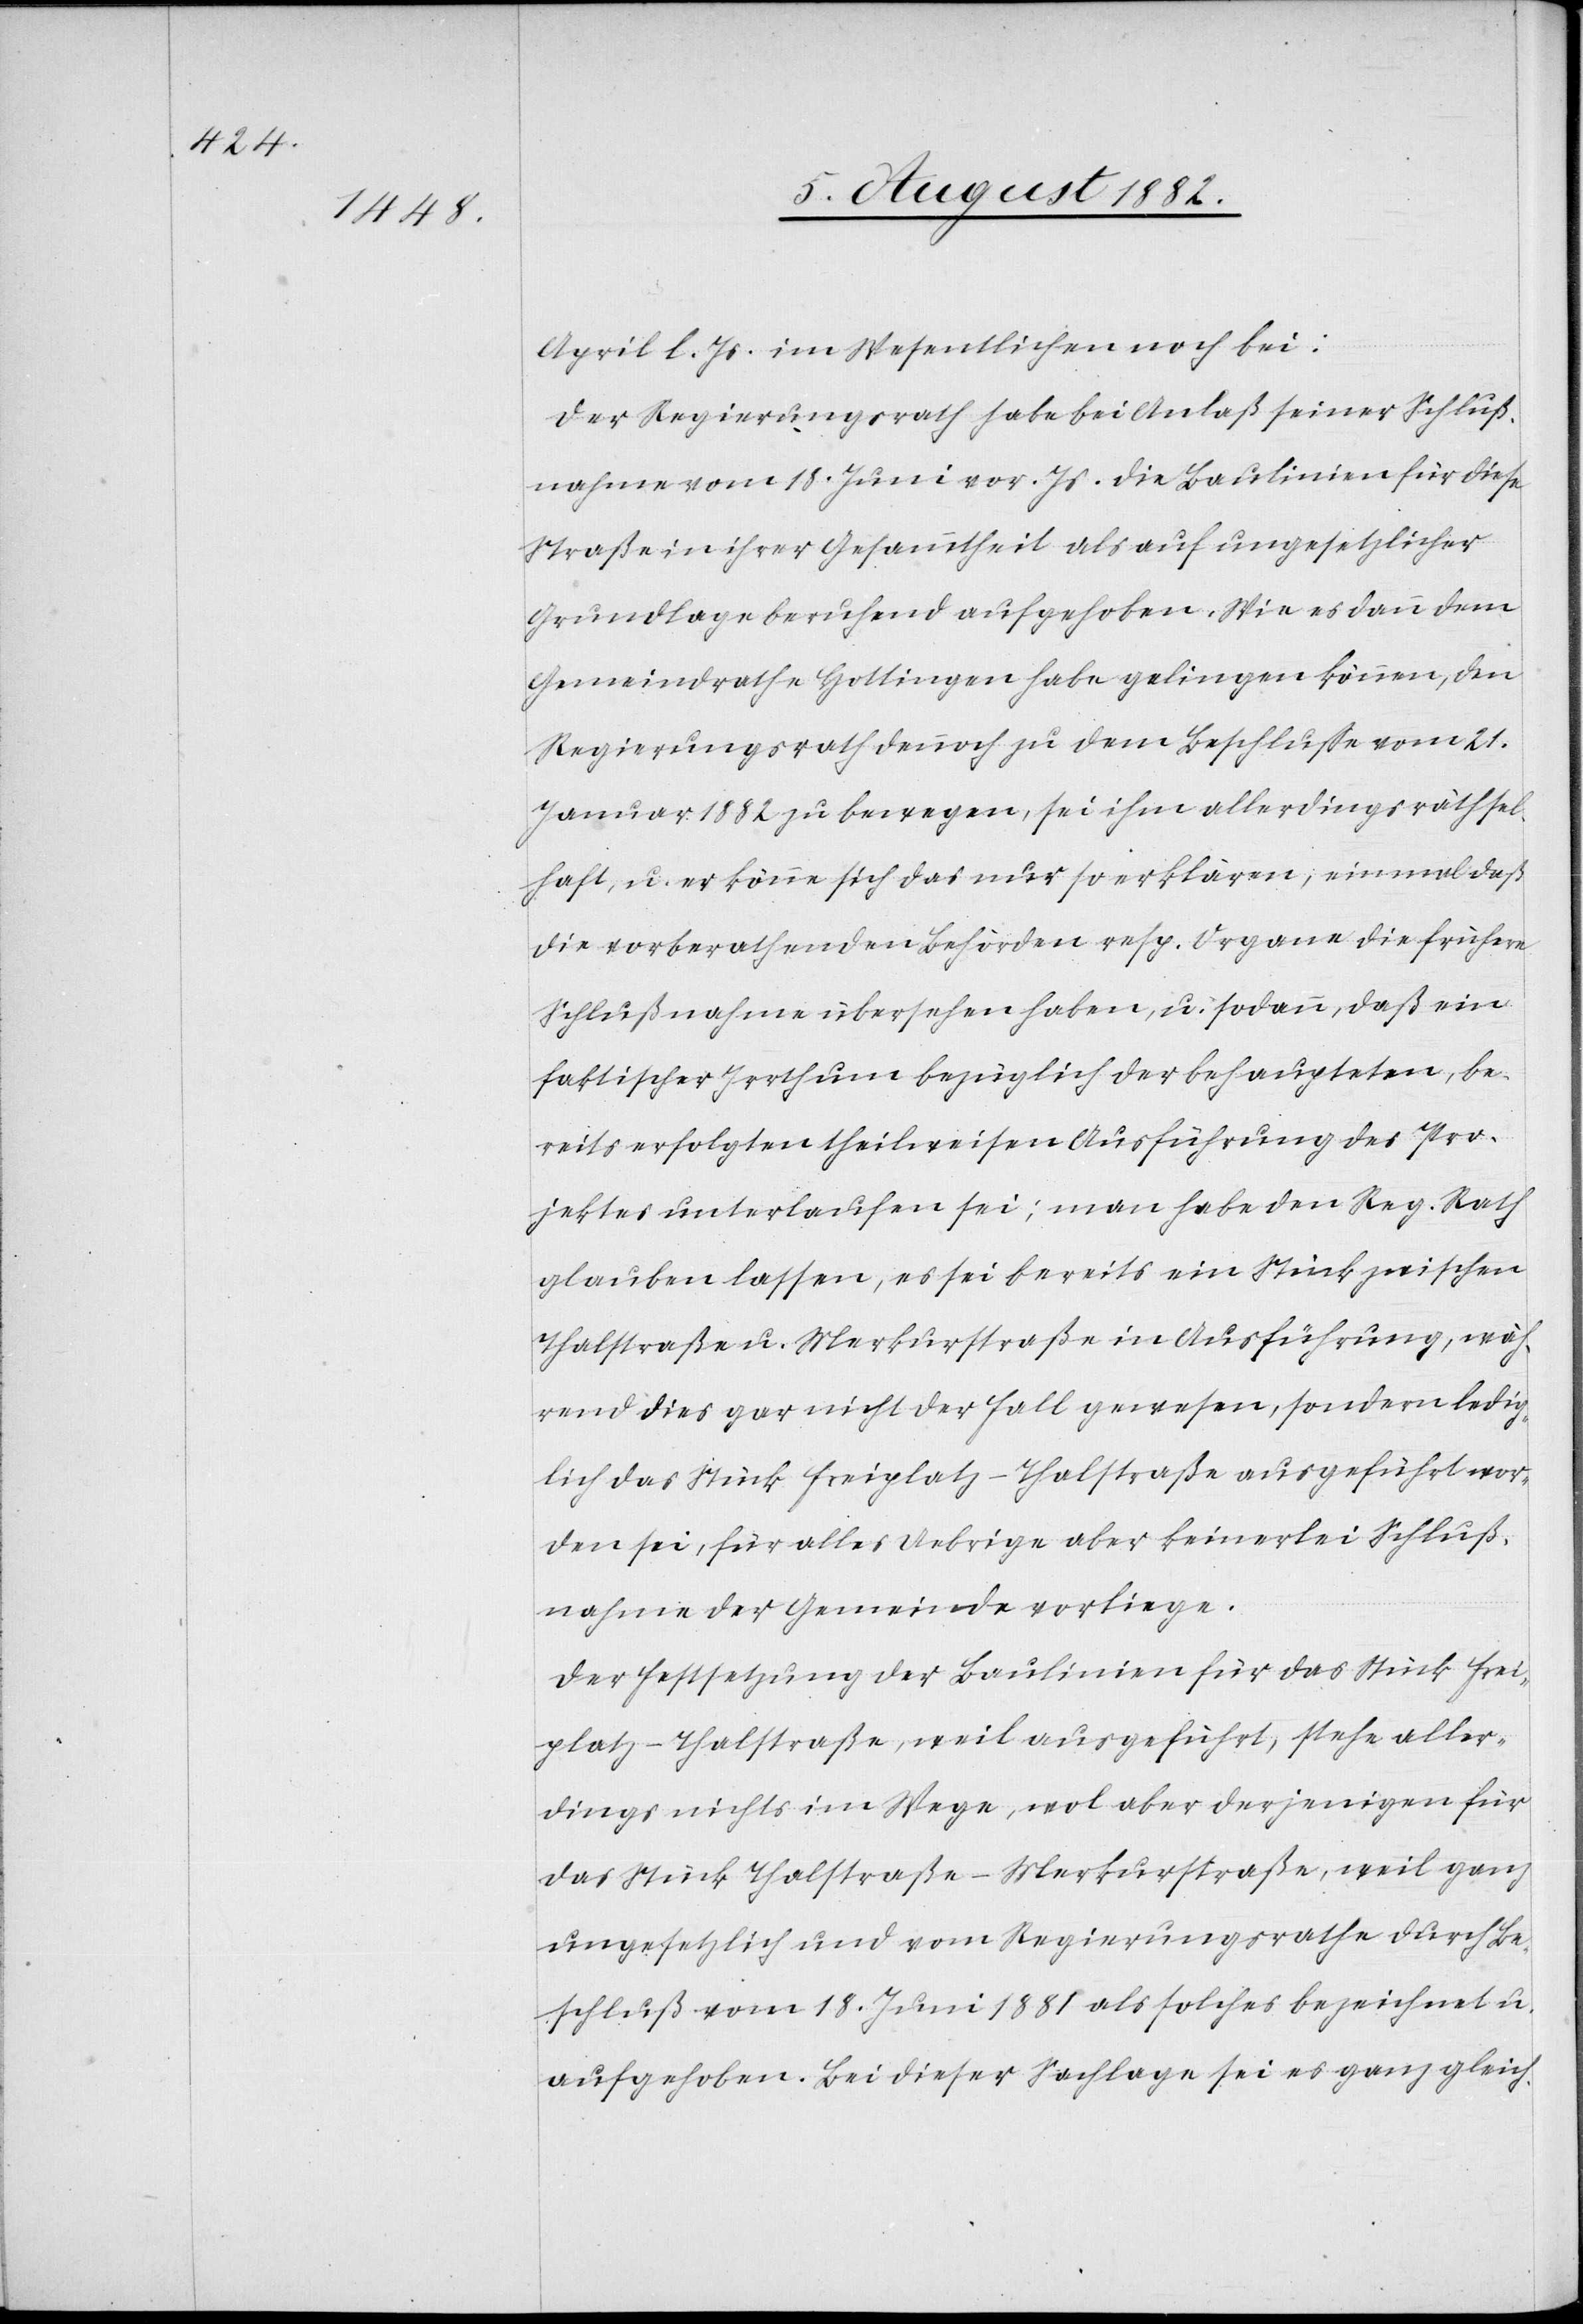
April l. Js. im Wesentlichen noch bei:
Der Regierungsrath habe bei Anlaß seiner Schluß¬
nahme vom 18. Juni vor. Js. die Baulinien für diese
Straße in ihrer Gesammtheit als auf ungesetzlicher
Grundlage beruhend aufgehoben. Wie es dann dem
Gemeindrathe Hottingen habe gelingen können, den
Regierungsrath dennoch zu dem Beschluß vom 21.
Januar 1882 zu bewegen, sei ihm allerdings räthsel¬
haft, u. er könne sich das nur so erklären, einmal daß
die vorberathenden Behörden resp. Organe die frühere
Schlußnahme übersehen haben, u. sodann, daß ein
faktischer Irrthum bezüglich der behaupteten, be¬
reits erfolgten theilweisen Ausführung des Pro¬
jektes unterlaufen sei; man habe den Reg. Rath
glauben lassen, es sei bereits ein Stück zwischen
Thalstraße u. Merkurstraße in Ausführung, wäh¬
rend dies gar nicht der Fall gewesen, sondern ledig¬
lich das Stück Freiplatz–Thalstraße ausgeführt wor¬
den sei, für alles Uebrige aber keinerlei Schluß¬
nahmen der Gemeinde vorliege.
Der Festsetzung der Baulinien für das Stück Frei¬
platz–Hottingen, weil ausgeführt, stehe aller¬
dings nichts im Wege, wol aber derjenigen für
das Stück Thalstraße–Merkurstraße, weil ganz
ungesetzlich und vom Regierungsrathe durch Be¬
schluß vom 18. Juni 1881 als solches bezeichnet u.
aufgehoben. Bei dieser Sachlage sei es ganz gleich-